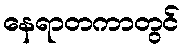
နေရာတကာတွင်